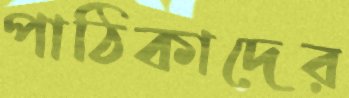
পাঠিকাদের